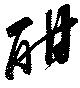
酣